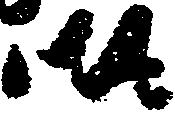
御